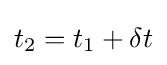
t_{2}=t_{1}+\delta t